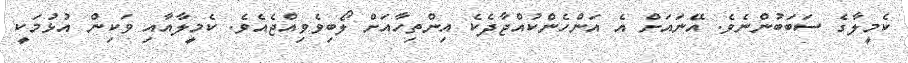
ކެމީލާގެ ސަބަބުންނެވެ. އޭނައަށް އެ އަންހެންކުއްޖާދެކެ އިންތިހާއަށް ލޯބިވެވިއްޖެއެވެ. ކެމީލާއާއި ވަކިން އުޅުމަކީ